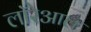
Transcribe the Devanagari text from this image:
लॉरेआल